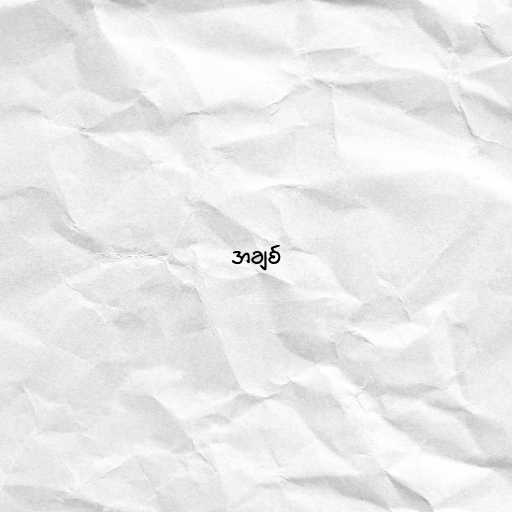
အချစ်